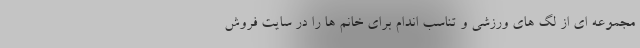
مجموعه ای از لگ های ورزشی و تناسب اندام برای خانم ها را در سایت فروش